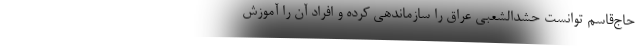
حاج‌قاسم توانست حشدالشعبی عراق را سازماندهی کرده و افراد آن را آموزش